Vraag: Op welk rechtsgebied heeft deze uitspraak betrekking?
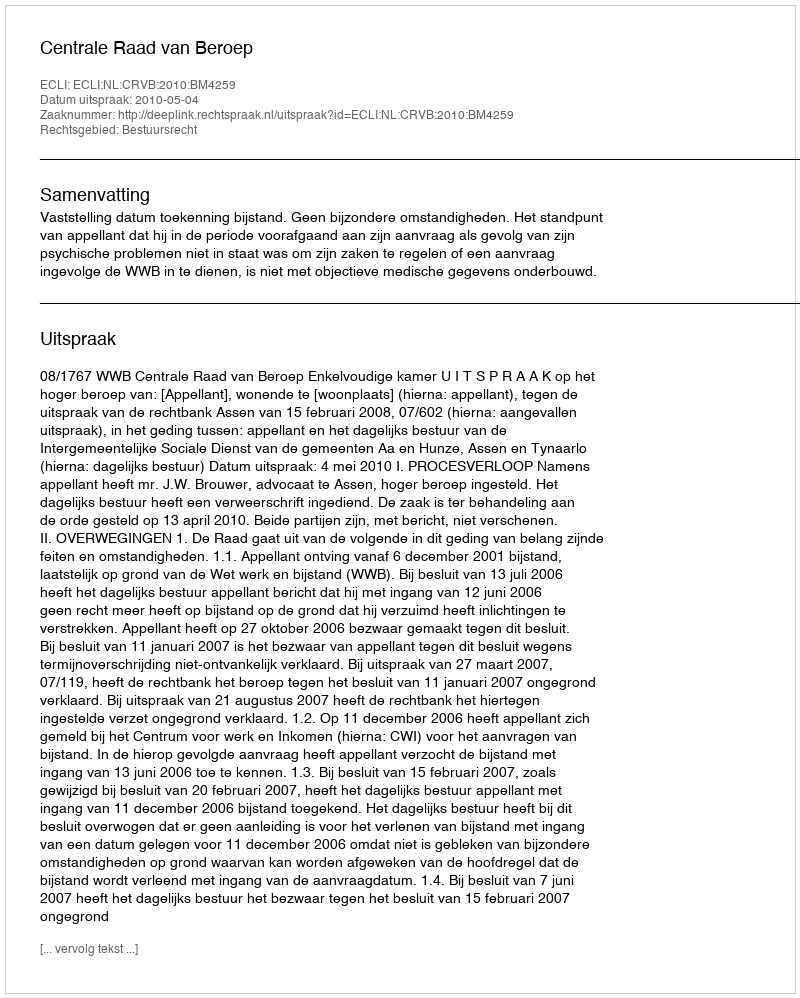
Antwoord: Bestuursrecht